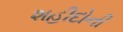
શહીદોની